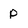
Character: P